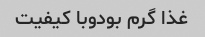
غذا گرم بودوبا کیفیت